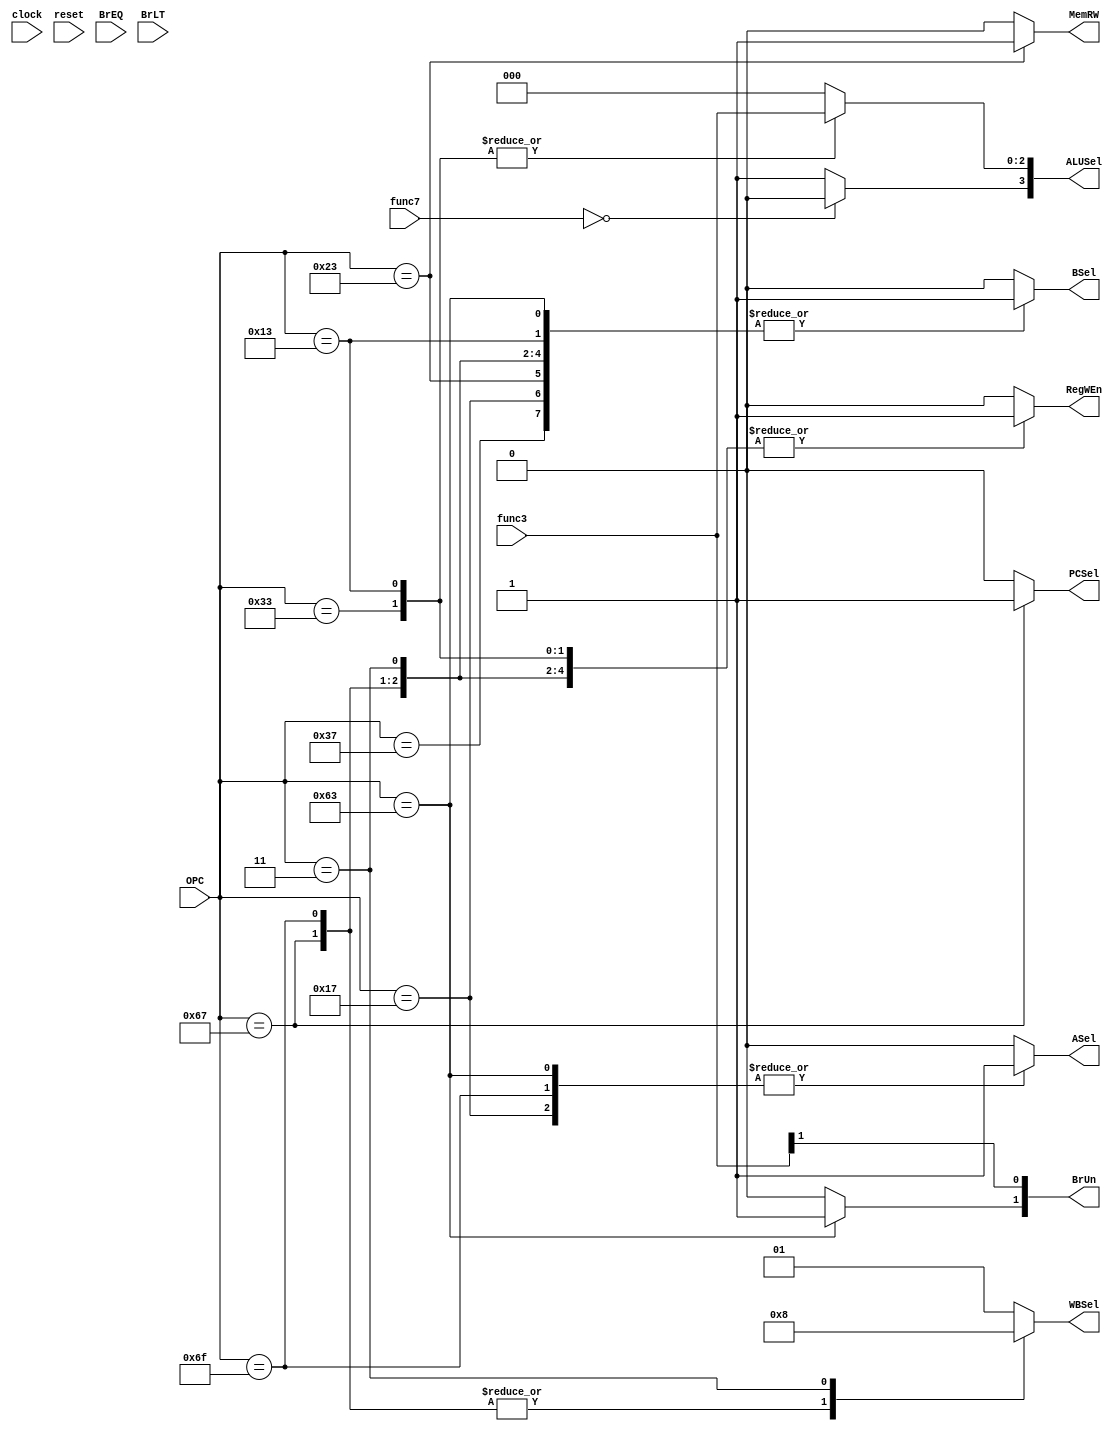
`define offset 	32'h01000000 //offset for main memory

//OP codes


module cu(
    input  wire clock,
    input  wire reset,
      
    input wire [6:0] OPC,
    input wire [2:0] func3,
    input wire [6:0] func7,


    input wire BrEQ, //EQ = 1, NEQ = 0
    input wire BrLT, // LT = 1 , GT = 0
    
    //internal wires or regs for control
    output reg PCSel, //select PC_res pc+4 = 0, alu = 1
    output reg RegWEn, // register read write read = 0, write = 1
    output reg [1:0] BrUn, // unsigned = b0 = 1,  branch compare b1 = 1
    output reg BSel, // select dataB(data_rs2)=0  or Immediate=1
    output reg ASel, // select dataA(datars1)=0 or PC=1
    output reg MemRW, // select dmemory RW  read = 0, write = 1
    output reg [1:0]WBSel, //select wb  DataR = 0, alu = 1, pc+4 = 2
    output reg [3:0]ALUSel

); 


//internal wires


// control signal combinaional


always @( * ) begin

    BrUn[0] = func3[1];
    ALUSel[3] = (func7 == 0)? 0 : 1;

    case(OPC)
  //      `R_TYPE: begin
        7'b0110011: begin   //R type


            PCSel = 0; //select PC_res pc+4 = 0, alu = 1
            RegWEn = 1; // register read write read = 0, write = 1
            BSel = 0; // select dataB(data_rs2)=0  or Immediate=1
            ASel = 0; // select dataA(datars1)=0 or PC=1
            MemRW = 0; // select dmemory RW  read = 0, write = 1
            WBSel = 2'b01; //select wb  DataR = 0, alu = 1, pc+4 = 2

            ALUSel[2:0] = func3; //OP
            BrUn[1] = 0;

       
  
        end 

        7'b0010011: begin //I type 

            PCSel = 0; //select PC_res pc+4 = 0, alu = 1
            RegWEn = 1; // register read write read = 0, write = 1
            BSel = 1; // select dataB(data_rs2)=0  or Immediate=1
            ASel = 0; // select dataA(datars1)=0 or PC=1
            MemRW = 0; // select dmemory RW  read = 0, write = 1
            WBSel = 2'b01; //select wb  DataR = 0, alu = 1, pc+4 = 2

            ALUSel[2:0] = func3; // OP
            BrUn[1] = 0;



            
        end 
        7'b1100111: begin // JALR

            PCSel = 1; //select PC_res pc+4 = 0, alu = 1
            RegWEn = 1; // register read write read = 0, write = 1
            BSel = 1; // select dataB(data_rs2)=0  or Immediate=1
            ASel = 0; // select dataA(datars1)=0 or PC=1
            MemRW = 0; // select dmemory RW  read = 0, write = 1
            WBSel = 2'b10; //select wb  DataR = 0, alu = 1, pc+4 = 2

            ALUSel[2:0] = 3'b000; // AND
            BrUn[1] = 0;

            
        end 

       // `S_TYPE: begin
        7'b0100011: begin


            PCSel = 0; //select PC_res pc+4 = 0, alu = 1
            RegWEn = 0; // register read write read = 0, write = 1
            BSel = 1; // select dataB(data_rs2)=0  or Immediate=1
            ASel = 0; // select dataA(datars1)=0 or PC=1
            MemRW = 1; // select dmemory RW  read = 0, write = 1
            WBSel = 2'b01; //select wb  DataR = 0, alu = 1, pc+4 = 2

            ALUSel[2:0] = 3'b000; // AND
            BrUn[1] = 0;

            
        end

       // `B_TYPE: begin
        7'b1100011: begin


           /* case(func3)
                3'b000: PCSel = BrEQ ? 1 : 0; // BEQ
                3'b001: PCSel = BrEQ ? 0 : 1; //BNE
                3'b100: PCSel = BrLT ? 1 : 0; //BLT
                3'b101: PCSel = BrLT ? 0 : 1; //BGE
                3'b110: PCSel = BrLT ? 1 : 0; //BLTU
                3'b111: PCSel = BrLT ? 0 : 1; //BGEU
                default:  PCSel = 0; //select PC_res pc+4 = 0, alu = 1
            endcase*/

            PCSel = 0;
            RegWEn = 0; // register read write read = 0, write = 1 // unsigned = 1
            BSel = 1; // select dataB(data_rs2)=0  or Immediate=1
            ASel = 1; // select dataA(datars1)=0 or PC=1
            MemRW = 0; // select dmemory RW  read = 0, write = 1
            WBSel = 2'b01; //select wb  DataR = 0, alu = 1, pc+4 = 2

            ALUSel[2:0] = 3'b000; // AND
            BrUn[1] = 1'b1;


            
        end 

        //`LUI 
        7'b0110111: begin

            PCSel = 0; //select PC_res pc+4 = 0, alu = 1
            RegWEn = 1; // register read write read = 0, write = 1
            BSel = 1; // select dataB(data_rs2)=0  or Immediate=1
            ASel = 0; // select dataA(datars1)=0 or PC=1
            MemRW = 0; // select dmemory RW  read = 0, write = 1
            WBSel = 2'b01; //select wb  DataR = 0, alu = 1, pc+4 = 2

            ALUSel[2:0] = 3'b000; // AND
            BrUn[1] = 0;
            
        end 
        //`AUIPC
        7'b0010111: begin

            PCSel = 0; //select PC_res pc+4 = 0, alu = 1
            RegWEn = 1; // register read write read = 0, write = 1
            BSel = 1; // select dataB(data_rs2)=0  or Immediate=1
            ASel = 1; // select dataA(datars1)=0 or PC=1
            MemRW = 0; // select dmemory RW  read = 0, write = 1
            WBSel = 2'b01; //select wb  DataR = 0, alu = 1, pc+4 = 2

            ALUSel[2:0] = 3'b000; // AND
            BrUn[1] = 0;

            
        end 
        

        //`JAL: begin
        7'b1101111: begin

            PCSel = 0; //select PC_res pc+4 = 0, alu = 1
            RegWEn = 1; // register read write read = 0, write = 1
            BSel = 1; // select dataB(data_rs2)=0  or Immediate=1
            ASel = 1; // select dataA(datars1)=0 or PC=1
            MemRW = 0; // select dmemory RW  read = 0, write = 1
            WBSel = 2'b10; //select wb  DataR = 0, alu = 1, pc+4 = 2

            ALUSel[2:0] = 3'b000; // AND
            BrUn[1] = 0;

            
        end 

        //`LOAD: begin
        7'b0000011: begin 

            PCSel = 0; //select PC_res pc+4 = 0, alu = 1
            RegWEn = 1; // register read write read = 0, write = 1
            BSel = 1; // select dataB(data_rs2)=0  or Immediate=1
            ASel = 0; // select dataA(datars1)=0 or PC=1
            MemRW = 0; // select dmemory RW  read = 0, write = 1
            WBSel = 2'b00; //select wb  DataR = 0, alu = 1, pc+4 = 2

            ALUSel[2:0] = 3'b000; // AND
            BrUn[1] = 0;

        end

        //`ECALL: begin
        7'b1110011: begin

            PCSel = 0; //select PC_res pc+4 = 0, alu = 1
            RegWEn = 0; // register read write read = 0, write = 1
            BSel = 0; // select dataB(data_rs2)=0  or Immediate=1
            ASel = 0; // select dataA(datars1)=0 or PC=1
            MemRW = 0; // select dmemory RW  read = 0, write = 1
            WBSel = 2'b01; //select wb  DataR = 0, alu = 1, pc+4 = 2

            ALUSel[2:0] = 3'b000; // AND
            BrUn[1] = 0;


            
        end 

        default: begin


            PCSel = 0; //select PC_res pc+4 = 0, alu = 1
            RegWEn = 0; // register read write read = 0, write = 1
            BSel = 0; // select dataB(data_rs2)=0  or Immediate=1
            ASel = 0; // select dataA(datars1)=0 or PC=1
            MemRW = 0; // select dmemory RW  read = 0, write = 1
            WBSel = 2'b01; //select wb  DataR = 0, alu = 1, pc+4 = 2

            ALUSel[2:0] = 3'b000; // AND
            BrUn[1] = 0;

            
        end

    endcase
    

end







    //$dislay("BNEA:::%d: L :::::%h", B_EN, PC);

endmodule